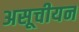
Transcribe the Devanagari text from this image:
असूचीयन